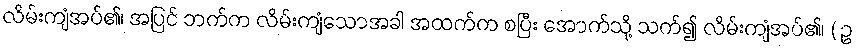
လိမ်းကျံအပ်၏၊ အပြင် ဘက်က လိမ်းကျံသောအခါ အထက်က စပြီး အောက်သို့ သက်၍ လိမ်းကျံအပ်၏၊ ( ဥ